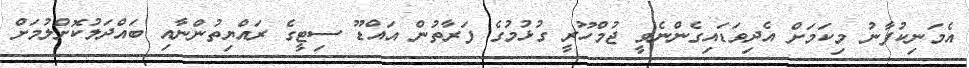
އެމަނިކުފާނު މިކަމަށް އެދިވަޑައިގެންނެވީ ޖުމްހޫރީ ގުޅުމުގެ ފަރާތުން އައްޑޫ ސިޓީގެ ރައްޔިތުންނާއި ބައްދަލުކޮށްލުމަށް